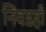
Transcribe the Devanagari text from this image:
निवडही